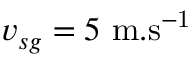
v _ { s g } = 5 ~ \mathrm { m . s ^ { - 1 } }